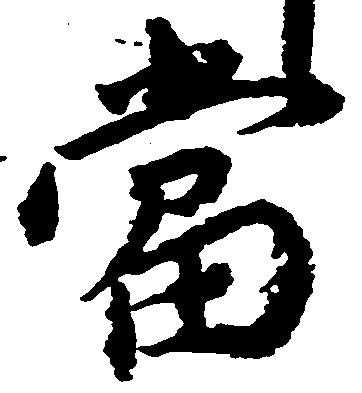
当